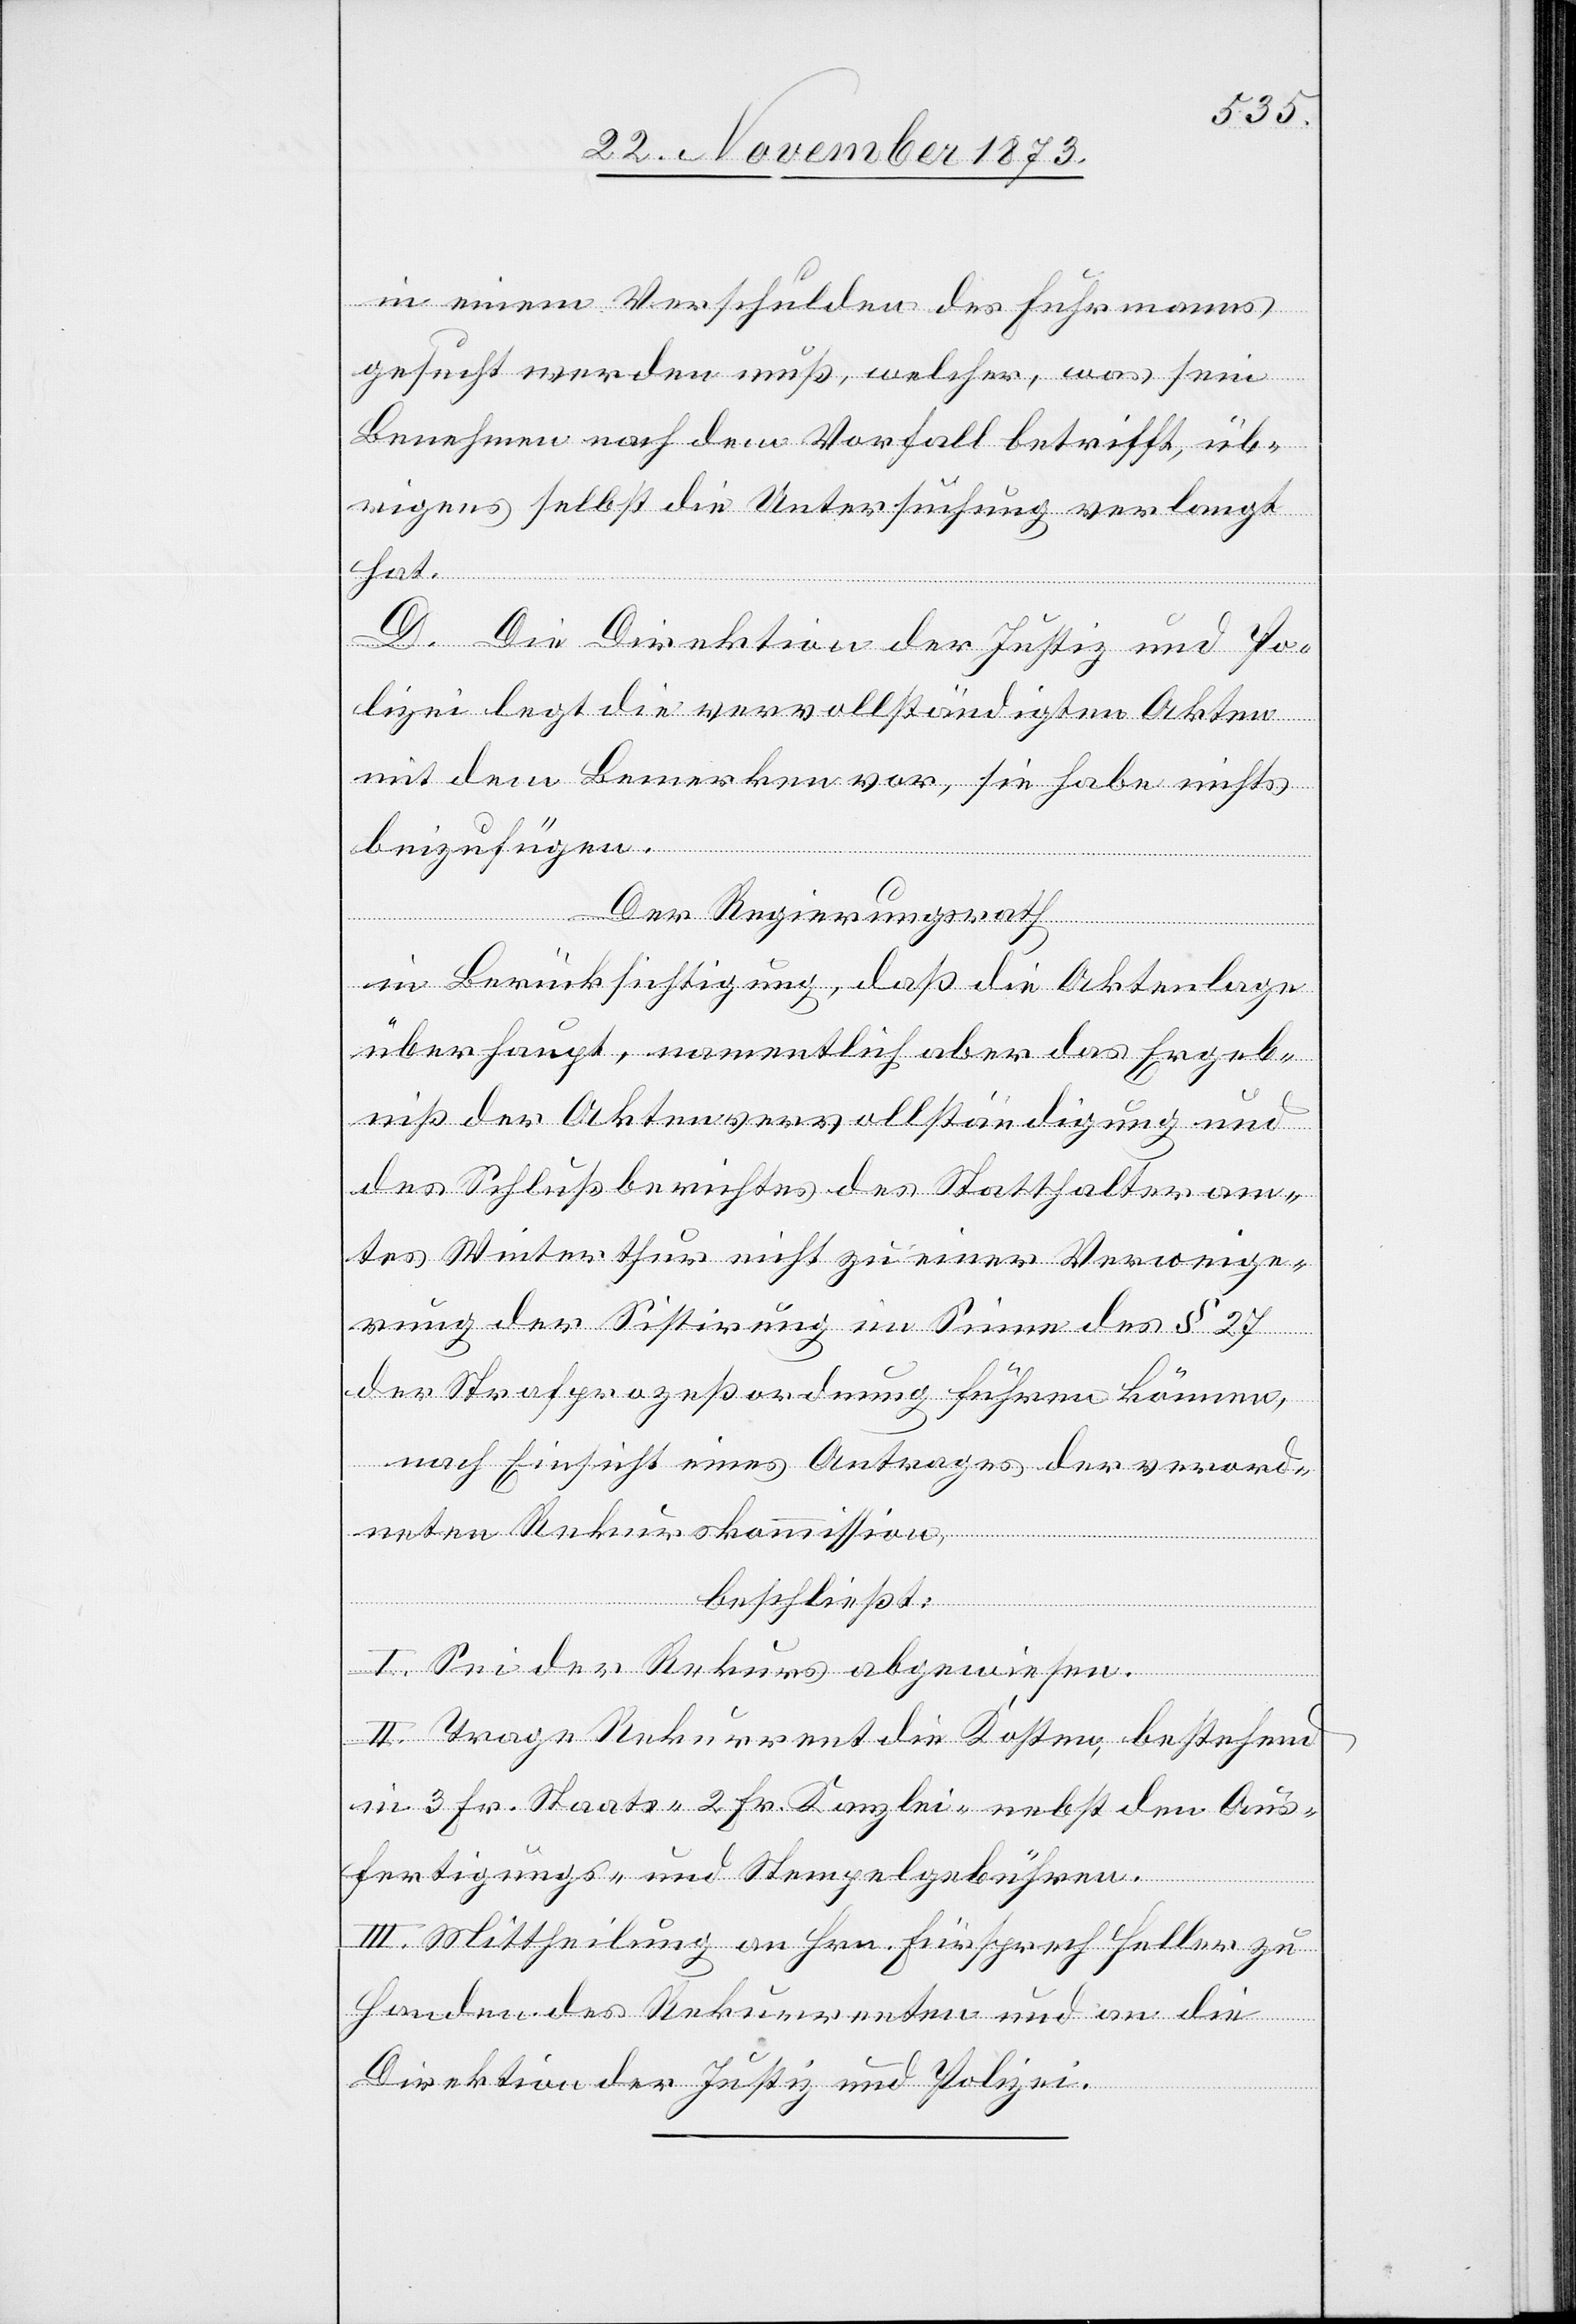
in einem Verschulden des Fuhrmanns
gesucht werden muß, welcher, was sein
Benehmen nach dem Vorfall betrifft, üb¬
rigens selbst die Untersuchung verlangt
hat.
D. Die Direktion der Justiz und Po¬
lizei legt die vervollständigten Akten
mit dem Bemerken vor, sie habe nichts
beizufügen.
Der Regierungsrath
in Berücksichtigung, daß die Aktenlage
überhaupt, namentlich aber das Ergeb¬
niß der Aktenvervollständigung und
des Schlußberichtes des Statthalteram¬
tes Winterthur nicht zu einer Verweige¬
rung der Sistirung im Sinne des § 27
der Strafprozeßordnung führen können,
nach Einsicht eines Antrages der verord¬
neten Rekurskommission,
beschließt:
I. Sei der Rekurs abgewiesen.
II. Trage Rekurrent die Kosten, bestehend
in 3 Fr. Staats- 2 Fr. Kanzlei- nebst den Aus¬
fertigungs- und Stempelgebühren.
III. Mittheilung an Hrn. Fürsprech Heller zu
Handen des Rekurrenten und an die
Direktion der Justiz und Polizei.